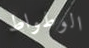
الوطواط